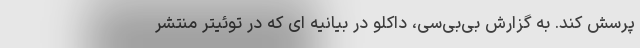
پرسش کند. به گزارش بی‌بی‌سی، داکلو در بیانیه ای که در توئیتر منتشر